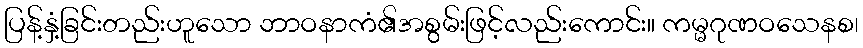
ပြန့်နှံ့ခြင်းတည်းဟူသော ဘာဝနာကံ၏အစွမ်းဖြင့်လည်းကောင်း။ ကမ္မဂုဏဝသေနစ၊